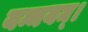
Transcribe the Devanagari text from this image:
यन्मयम्।